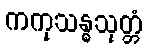
ကကုသန္ဓသုတ္တံ